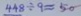
4 4 8 \div 9 \approx 5 0